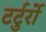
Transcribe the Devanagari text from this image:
टर्टुर्रो